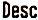
DESC